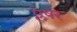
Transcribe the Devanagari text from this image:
प्लेषर